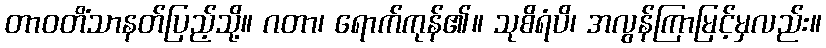
တာဝတိံသာနတ်ပြည့်သို့။ ဂတာ၊ ရောက်ကုန်၏။ သုစိရံပိ၊ အလွန်ကြာမြင့်မှလည်း။